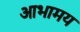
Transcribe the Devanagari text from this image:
आभामय